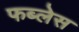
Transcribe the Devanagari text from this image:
फब्लेस